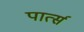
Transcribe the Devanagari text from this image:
पार्त्स